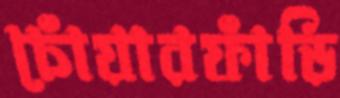
চোঁয়ারফাঁড়ি